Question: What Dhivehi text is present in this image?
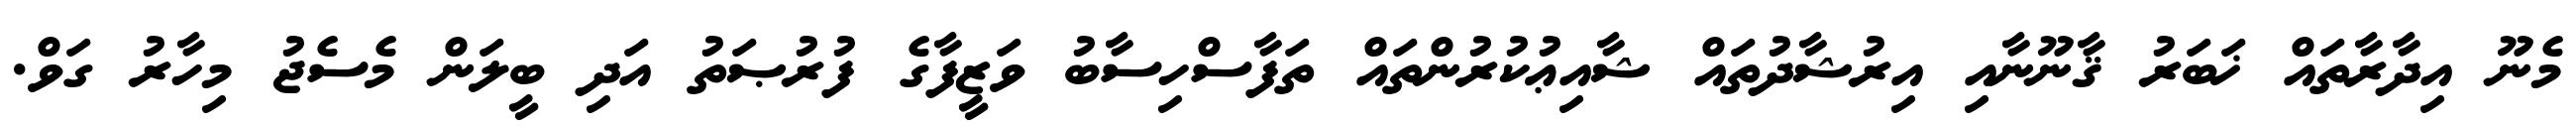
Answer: މެނޫ އިދާރާތައް ޚަބަރު ޤާނޫނާއި އިރުޝާދުތައް ޝާއިޢުކުރުންތައް ތަފާސްހިސާބު ވަޒީފާގެ ފުރުޞަތު އަދި ބީލަން މެސެޖު މިހާރު ގަވް.